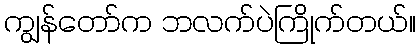
ကျွန်တော်က ဘလက်ပဲကြိုက်တယ်။